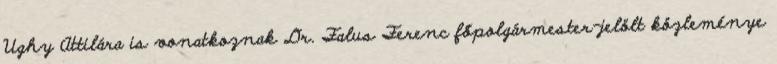
Ughy Attilára is vonatkoznak Dr. Falus Ferenc főpolgármester-jelölt közleménye